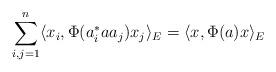
LaTeX: \begin{align*} \sum_{i,j=1}^n \langle x_i, \Phi(a^\ast_i a a_j) x_j \rangle_E = \langle x , \Phi(a) x \rangle_E \end{align*}